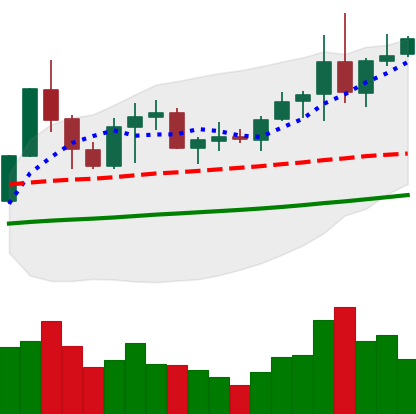
Ticker: NEO-USD
Chart end date: 2019-06-02
Forward return: -13.237%
Label: down_7plus